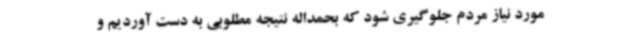
مورد نیاز مردم جلوگیری شود که بحمداله نتیجه مطلوبی به دست آوردیم و